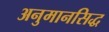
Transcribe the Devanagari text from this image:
अनुमानसिद्ध